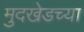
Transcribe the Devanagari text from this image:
मुदखेडच्या